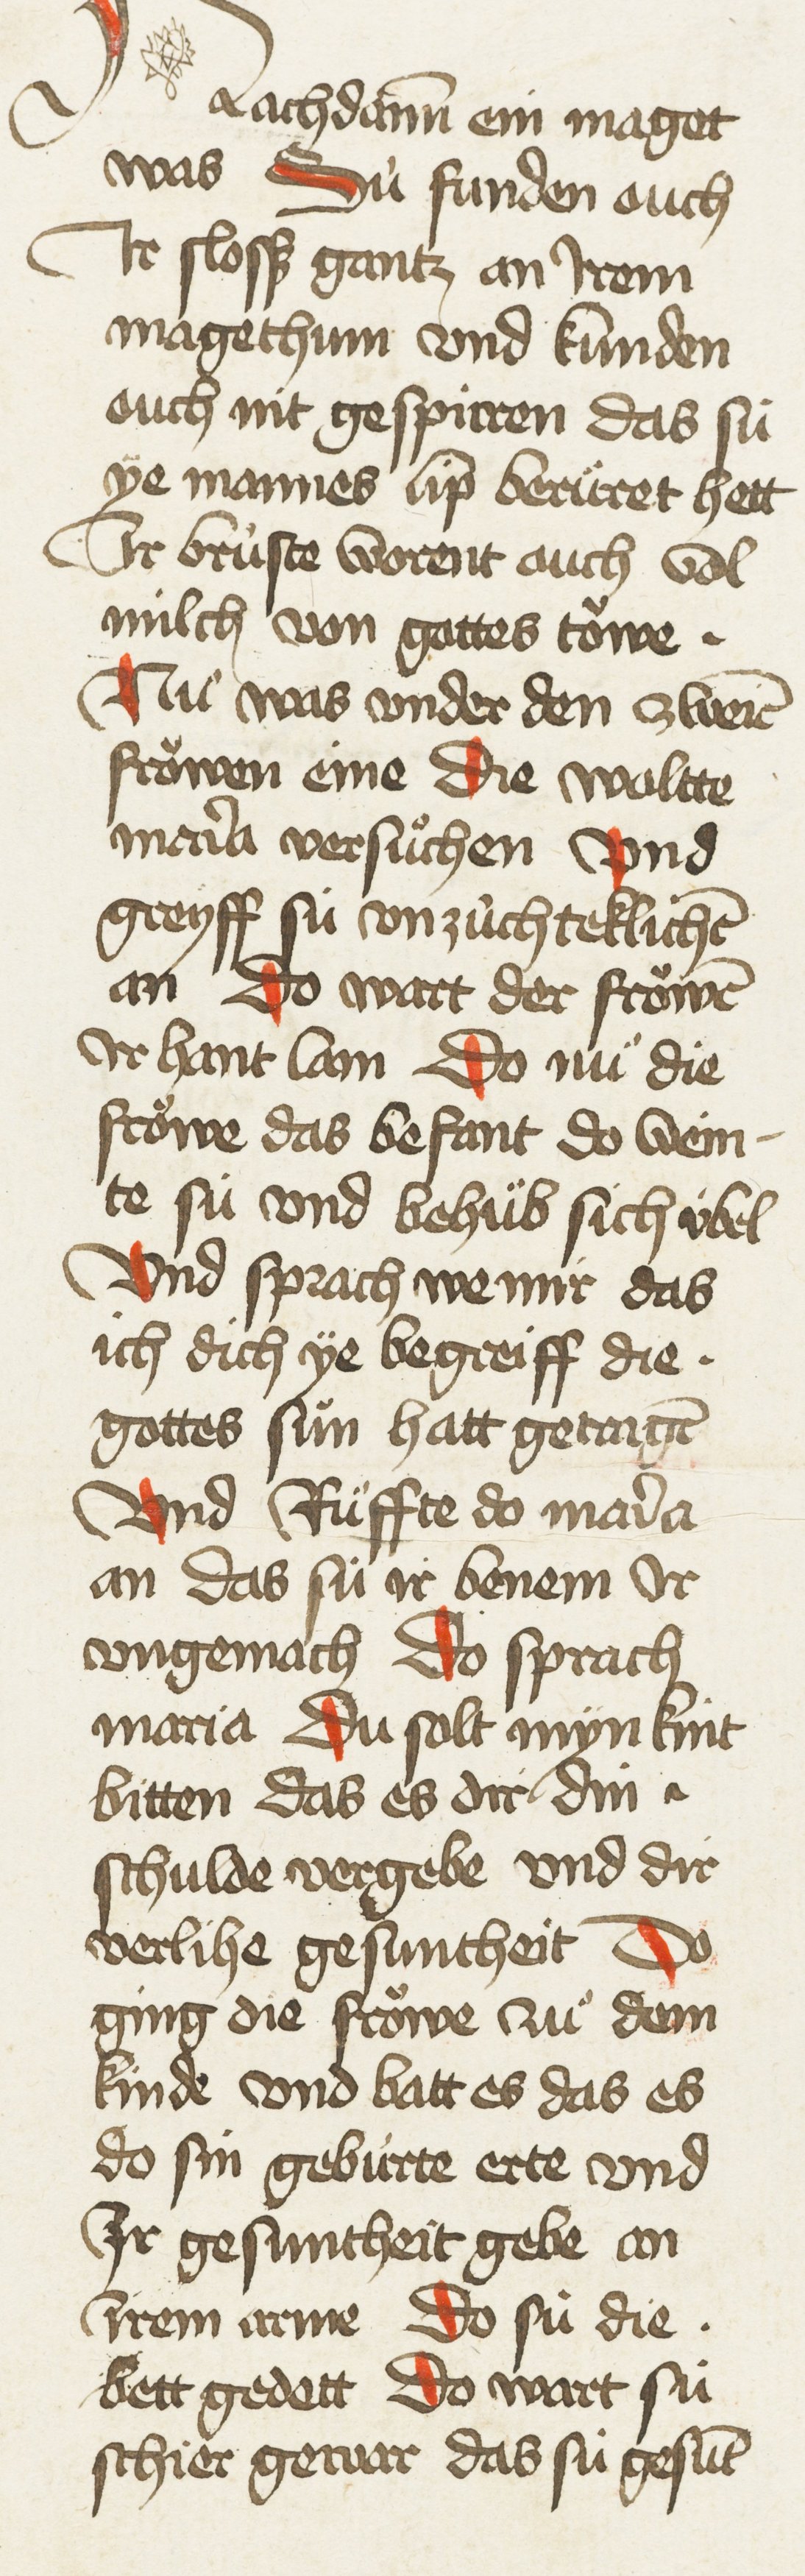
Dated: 1435–1465